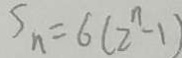
S _ { n } = 6 ( 2 ^ { n } - 1 )